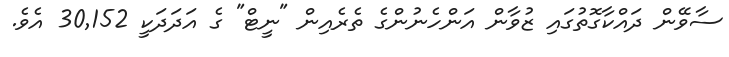
ސާވޭން ދައްކާގޮތުގައި ޒުވާން އަންހެނުންގެ ތެރެއިން "ނީޓް" ގެ އަދަދަކީ 30